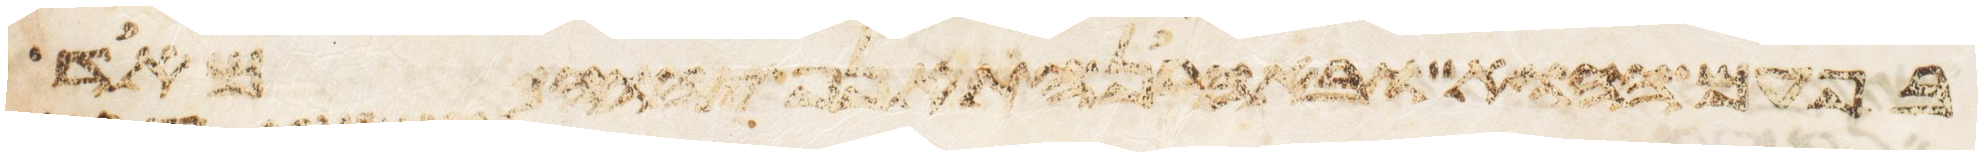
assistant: בפעם ההוא ובאהרן התאנף יהוה מאד